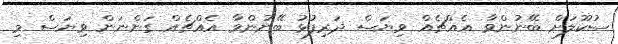
ސުކޫލަށް ބޭނުންވާ އެއްޗެއް ވިޔަސް ދަރިފުޅު ބޭނުންވާ އެއްޗެއް ގަންނަން ވިޔަސް މި